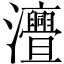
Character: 𤅣